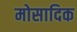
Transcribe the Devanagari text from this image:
मोसादिक